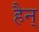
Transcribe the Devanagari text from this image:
हैन्